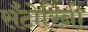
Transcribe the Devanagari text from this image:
सँटोरिनी